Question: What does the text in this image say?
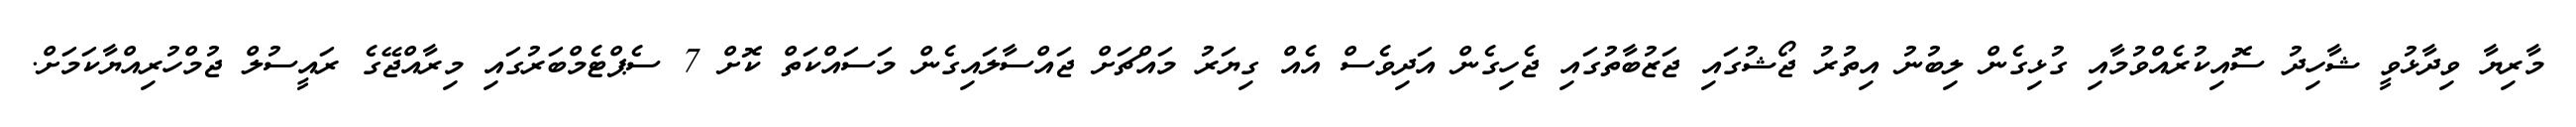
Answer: މާރިޔާ ވިދާޅުވީ ޝާހިދު ސޮއިކުރެއްވުމާއި ގުޅިގެން ލިބުނު އިތުރު ޖޯޝުގައި ޖަޒުބާތުގައި ޖެހިގެން އަދިވެސް އެއް ގިޔަރު މައްޗަށް ޖައްސާލައިގެން މަސައްކަތް ކޮށް 7 ސެޕްޓެމްބަރުގައި މިރާއްޖޭގެ ރައީސުލް ޖުމްހުރިއްޔާކަމަށް.